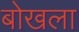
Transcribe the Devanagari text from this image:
बोखला